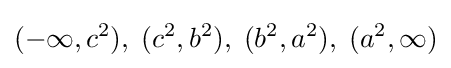
(-\infty ,c^{2}),\;(c^{2},b^{2}),\;(b^{2},a^{2}),\;(a^{2},\infty )